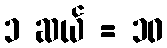
၁ ဆယ် = ၁၀